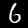
Digit: 6